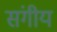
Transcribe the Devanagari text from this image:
संगीय